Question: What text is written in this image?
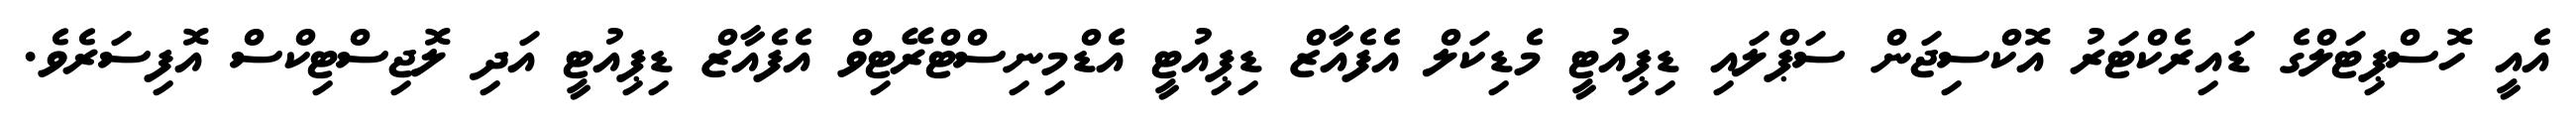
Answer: އެއީ ހޮސްޕިޓަލްގެ ޑައިރެކްޓަރު އޮކްސިޖަން ސަޕްލައި ޑިޕިއުޓީ މެޑިކަލް އެފެއާޒް ޑިޕިއުޓީ އެޑްމިނިސްޓްރޭޓިވް އެފެއާޒް ޑިޕިއުޓީ އަދި ލޮޖިސްޓިކްސް އޮފިސަރެވެ.